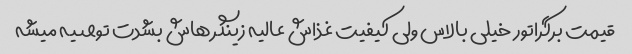
قیمت برگراتور خیلی بالاس ولی کیفیت غذاش عالیه زینگر هاش بشدت توصیه میشه